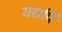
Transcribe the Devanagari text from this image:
यद्यपिं